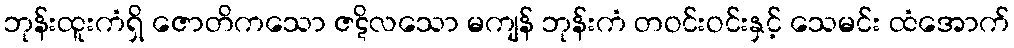
ဘုန်းထူးကံရှိ ဇောတိကသော ဇဋိလသော မကျန် ဘုန်းကံ တဝင်းဝင်းနှင့် သေမင်း ထံအောက်